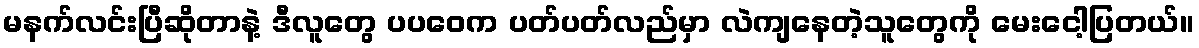
မနက်လင်းပြီဆိုတာနဲ့ ဒီလူတွေ ပပဝေက ပတ်ပတ်လည်မှာ လဲကျနေတဲ့သူတွေကို မေးငေါ့ပြတယ်။